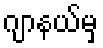
ဂျာနယ်မှ